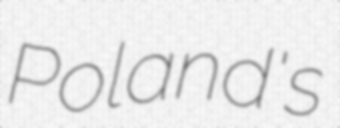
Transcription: Poland's